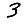
Digit: 3